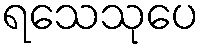
ရသေသုပေ